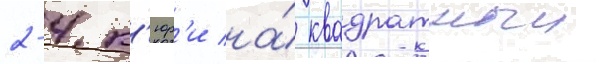
2-4 к'юр'и на́ квадратныи